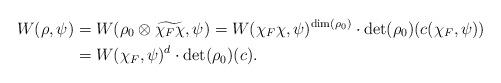
LaTeX: \begin{align*} W(\rho,\psi) &=W(\rho_0\otimes\widetilde{\chi_F\chi},\psi)= W(\chi_F\chi,\psi)^{\rm{dim}(\rho_0)}\cdot\det(\rho_0)(c(\chi_F,\psi))\\ &=W(\chi_F,\psi)^d\cdot\det(\rho_0)(c).\end{align*}